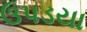
ઉપડયા